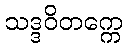
သဒ္ဒဝိတက္ကေ